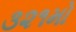
૩૨૧મો